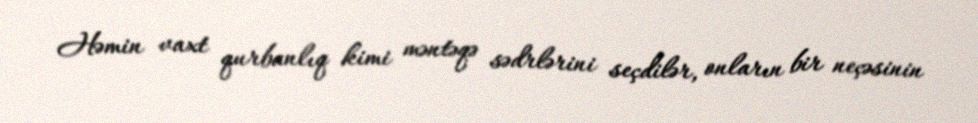
Həmin vaxt qurbanlıq kimi məntəqə sədrlərini seçdilər, onların bir neçəsinin